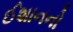
ઈશાનનો